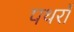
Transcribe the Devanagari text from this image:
पथराँ